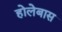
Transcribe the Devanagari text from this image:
होलेबास